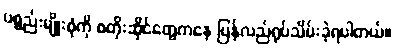
ပစ္စည်းမျိုးစုံကို စတိုးဆိုင်တွေကနေ ပြန်လည်ရုပ်သိမ်းခဲ့ရပါတယ်။